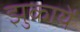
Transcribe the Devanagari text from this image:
झुकायें